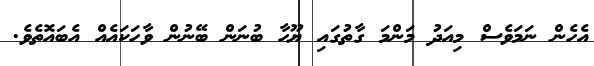
އެހެން ނަމަވެސް މިއަދު މަންމަ ގާތުގައި ޔޫހާ ބުނަން ބޭނުން ވާހަކައެއް އެބައޮތެވެ.